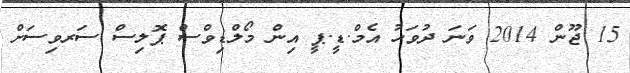
15 ޖޫން 2014 ވަނަ ދުވަހު އެމް.ޑީ.ޕީ އިން މޯލްޑިވްސް ޕޮލިސް ސަރވިސަށް